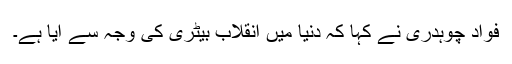
فواد چوہدری نے کہا کہ دنیا میں انقلاب بیٹری کی وجہ سے آیا ہے۔